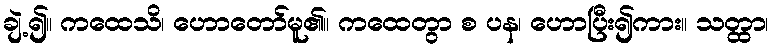
ချဲ့၍။ ကထေသိ၊ ဟောတော်မူ၏။ ကထေတွာ စ ပန၊ ဟောပြီး၍ကား။ သတ္ထာ၊